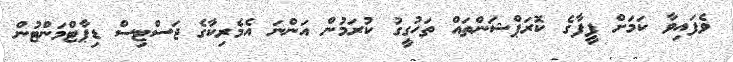
ވެފައިވާ ކަމަށް ފީފާގެ ކޮރަޕްޝަންތައް ތަހުގީގު ކުރަމުން އަންނަ އެމެރިކާގެ ޖަސްޓިސް ޑިޕާޓްމަންޓުން